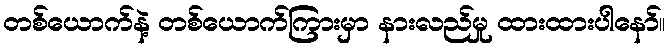
တစ်ယောက်နဲ့ တစ်ယောက်ကြားမှာ နားလည်မှု ထားထားပါနော်။